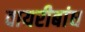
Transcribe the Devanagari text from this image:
वायरीबांध